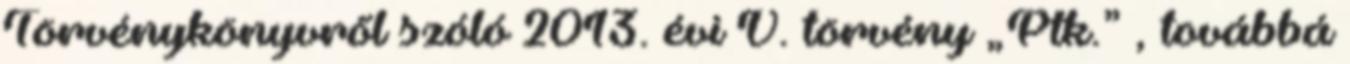
Törvénykönyvről szóló 2013. évi V. törvény „Ptk.” , továbbá